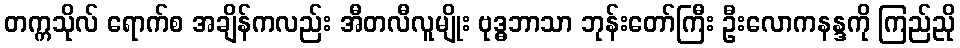
တက္ကသိုလ် ရောက်စ အချိန်ကလည်း အီတလီလူမျိုး ဗုဒ္ဓဘာသာ ဘုန်းတော်ကြီး ဦးလောကနန္ဒကို ကြည်ညို